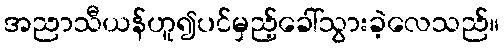
အညာသီယန်ဟူ၍ပင်မှည့်ခေါ်သွားခဲ့လေသည်။